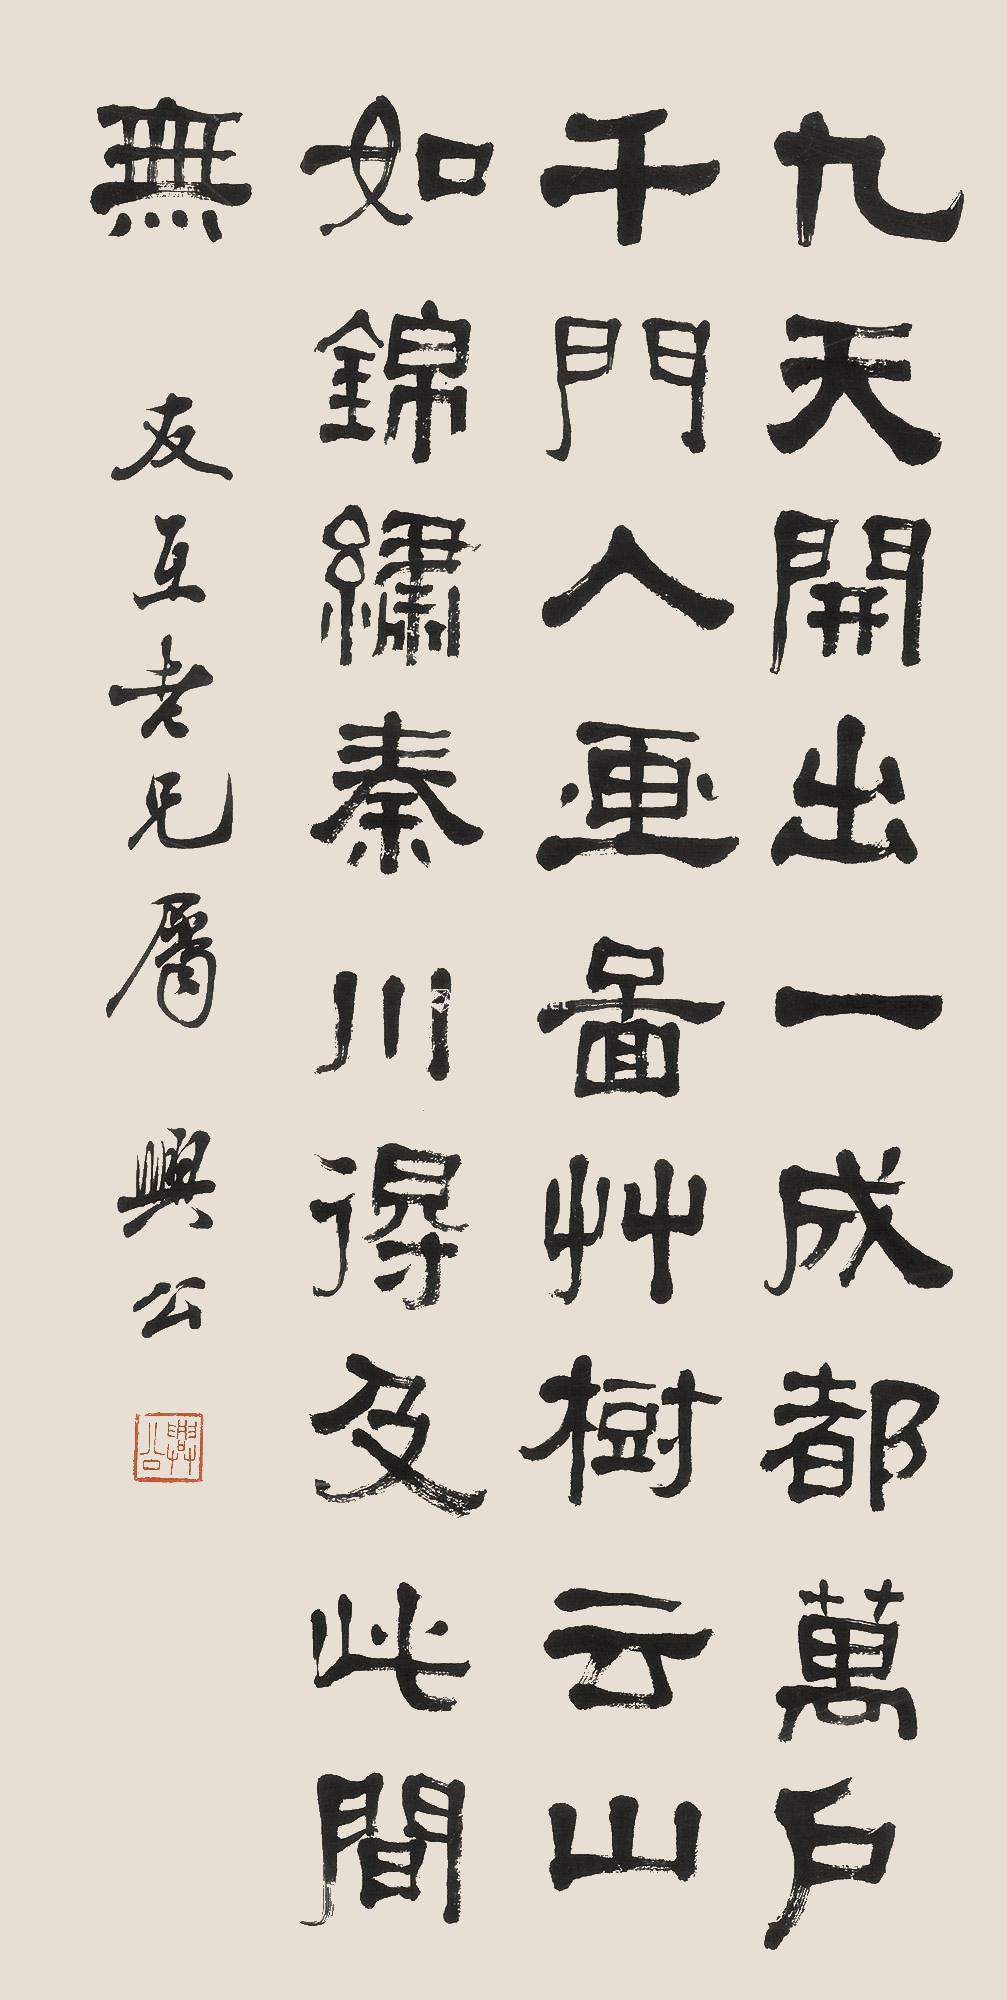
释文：九天开出一成都，万户千门入画图。草树云山如锦绣，秦川得及此间无。友互老兄属，兴公。